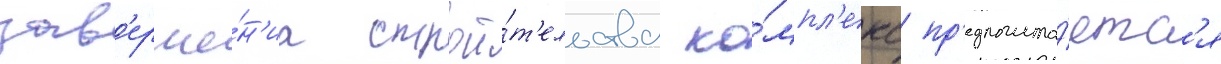
зав'ерше́н'иа строи́т'ельства ко́мпл'екс пр'едполага́етс'я